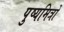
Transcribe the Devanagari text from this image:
पुष्यमित्रों